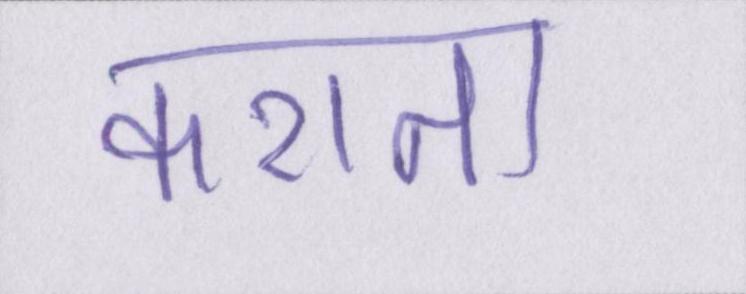
कराता